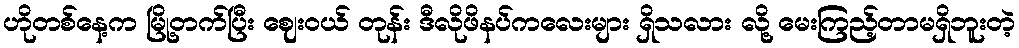
ဟိုတစ်နေ့က မြို့တက်ပြီး ဈေးဝယ် တုန်း ဒီလိုဖိနပ်ကလေးများ ရှိသလား လို့ မေးကြည့်တာမရှိဘူးတဲ့